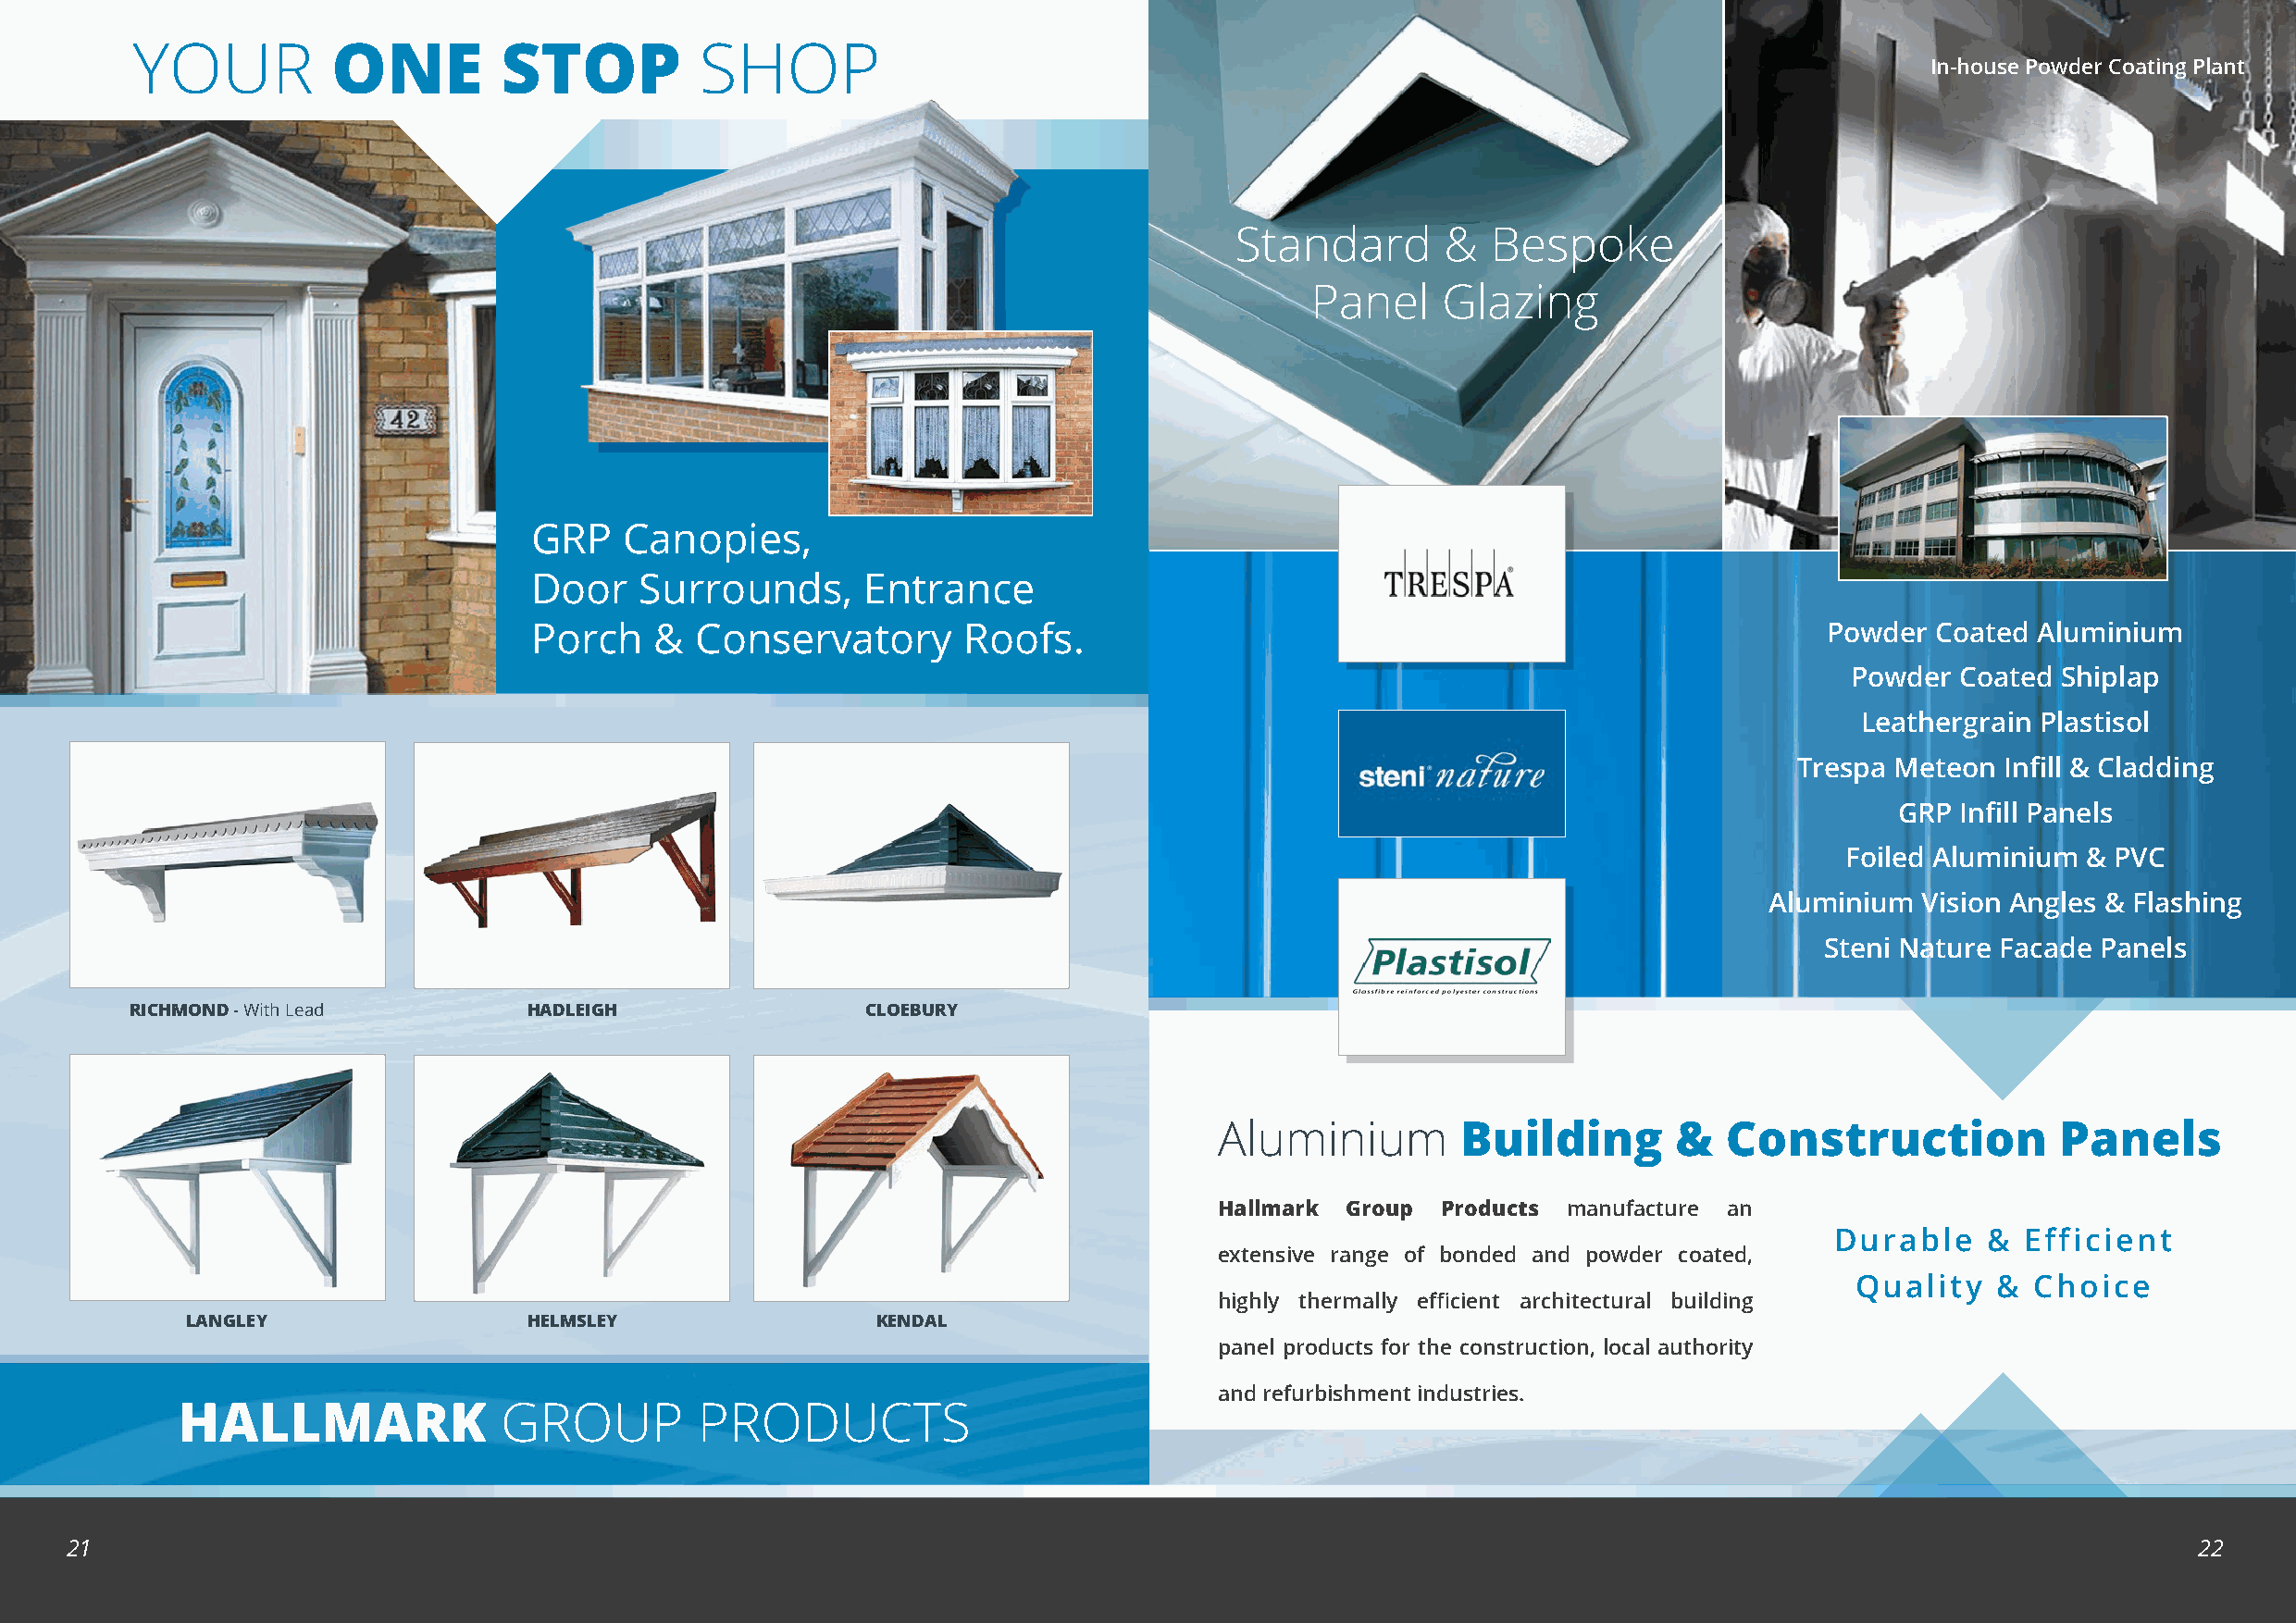
YOUR           ONE         STOP          SHOP
 In-house Powder Coating Plant
 Standard       &   Bespoke
 Panel    Glazing
 GRP    Canopies,
 Door    Surrounds,      Entrance
 Porch    &  Conservatory       Roofs.                                                        Powder Coated  Aluminium
 Powder  Coated Shiplap
 Leathergrain Plastisol
 Trespa Meteon Infill & Cladding
 GRP Infill Panels
 Foiled Aluminium & PVC
 Aluminium  Vision Angles & Flashing
 Steni Nature Facade Panels
 RICHMOND - With Lead         HADLEIGH                CLOEBURY
 Aluminium        Building        &  Construction            Panels
 Hallmark Group  Products manufacture an
 Durable    &  Efficient
 extensive range of bonded and powder coated,
 Quality   &  Choice
 highly thermally efficient architectural building
 LANGLEY                  HELMSLEY                 KENDAL
 panel products for the construction, local authority
 and refurbishment industries.
 HALLMARK               GROUP         PRODUCTS
 21                                                                                                                                                      22